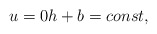
\begin{align*} u=0 h+b=const,\end{align*}